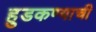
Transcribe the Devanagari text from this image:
हुडकण्याची